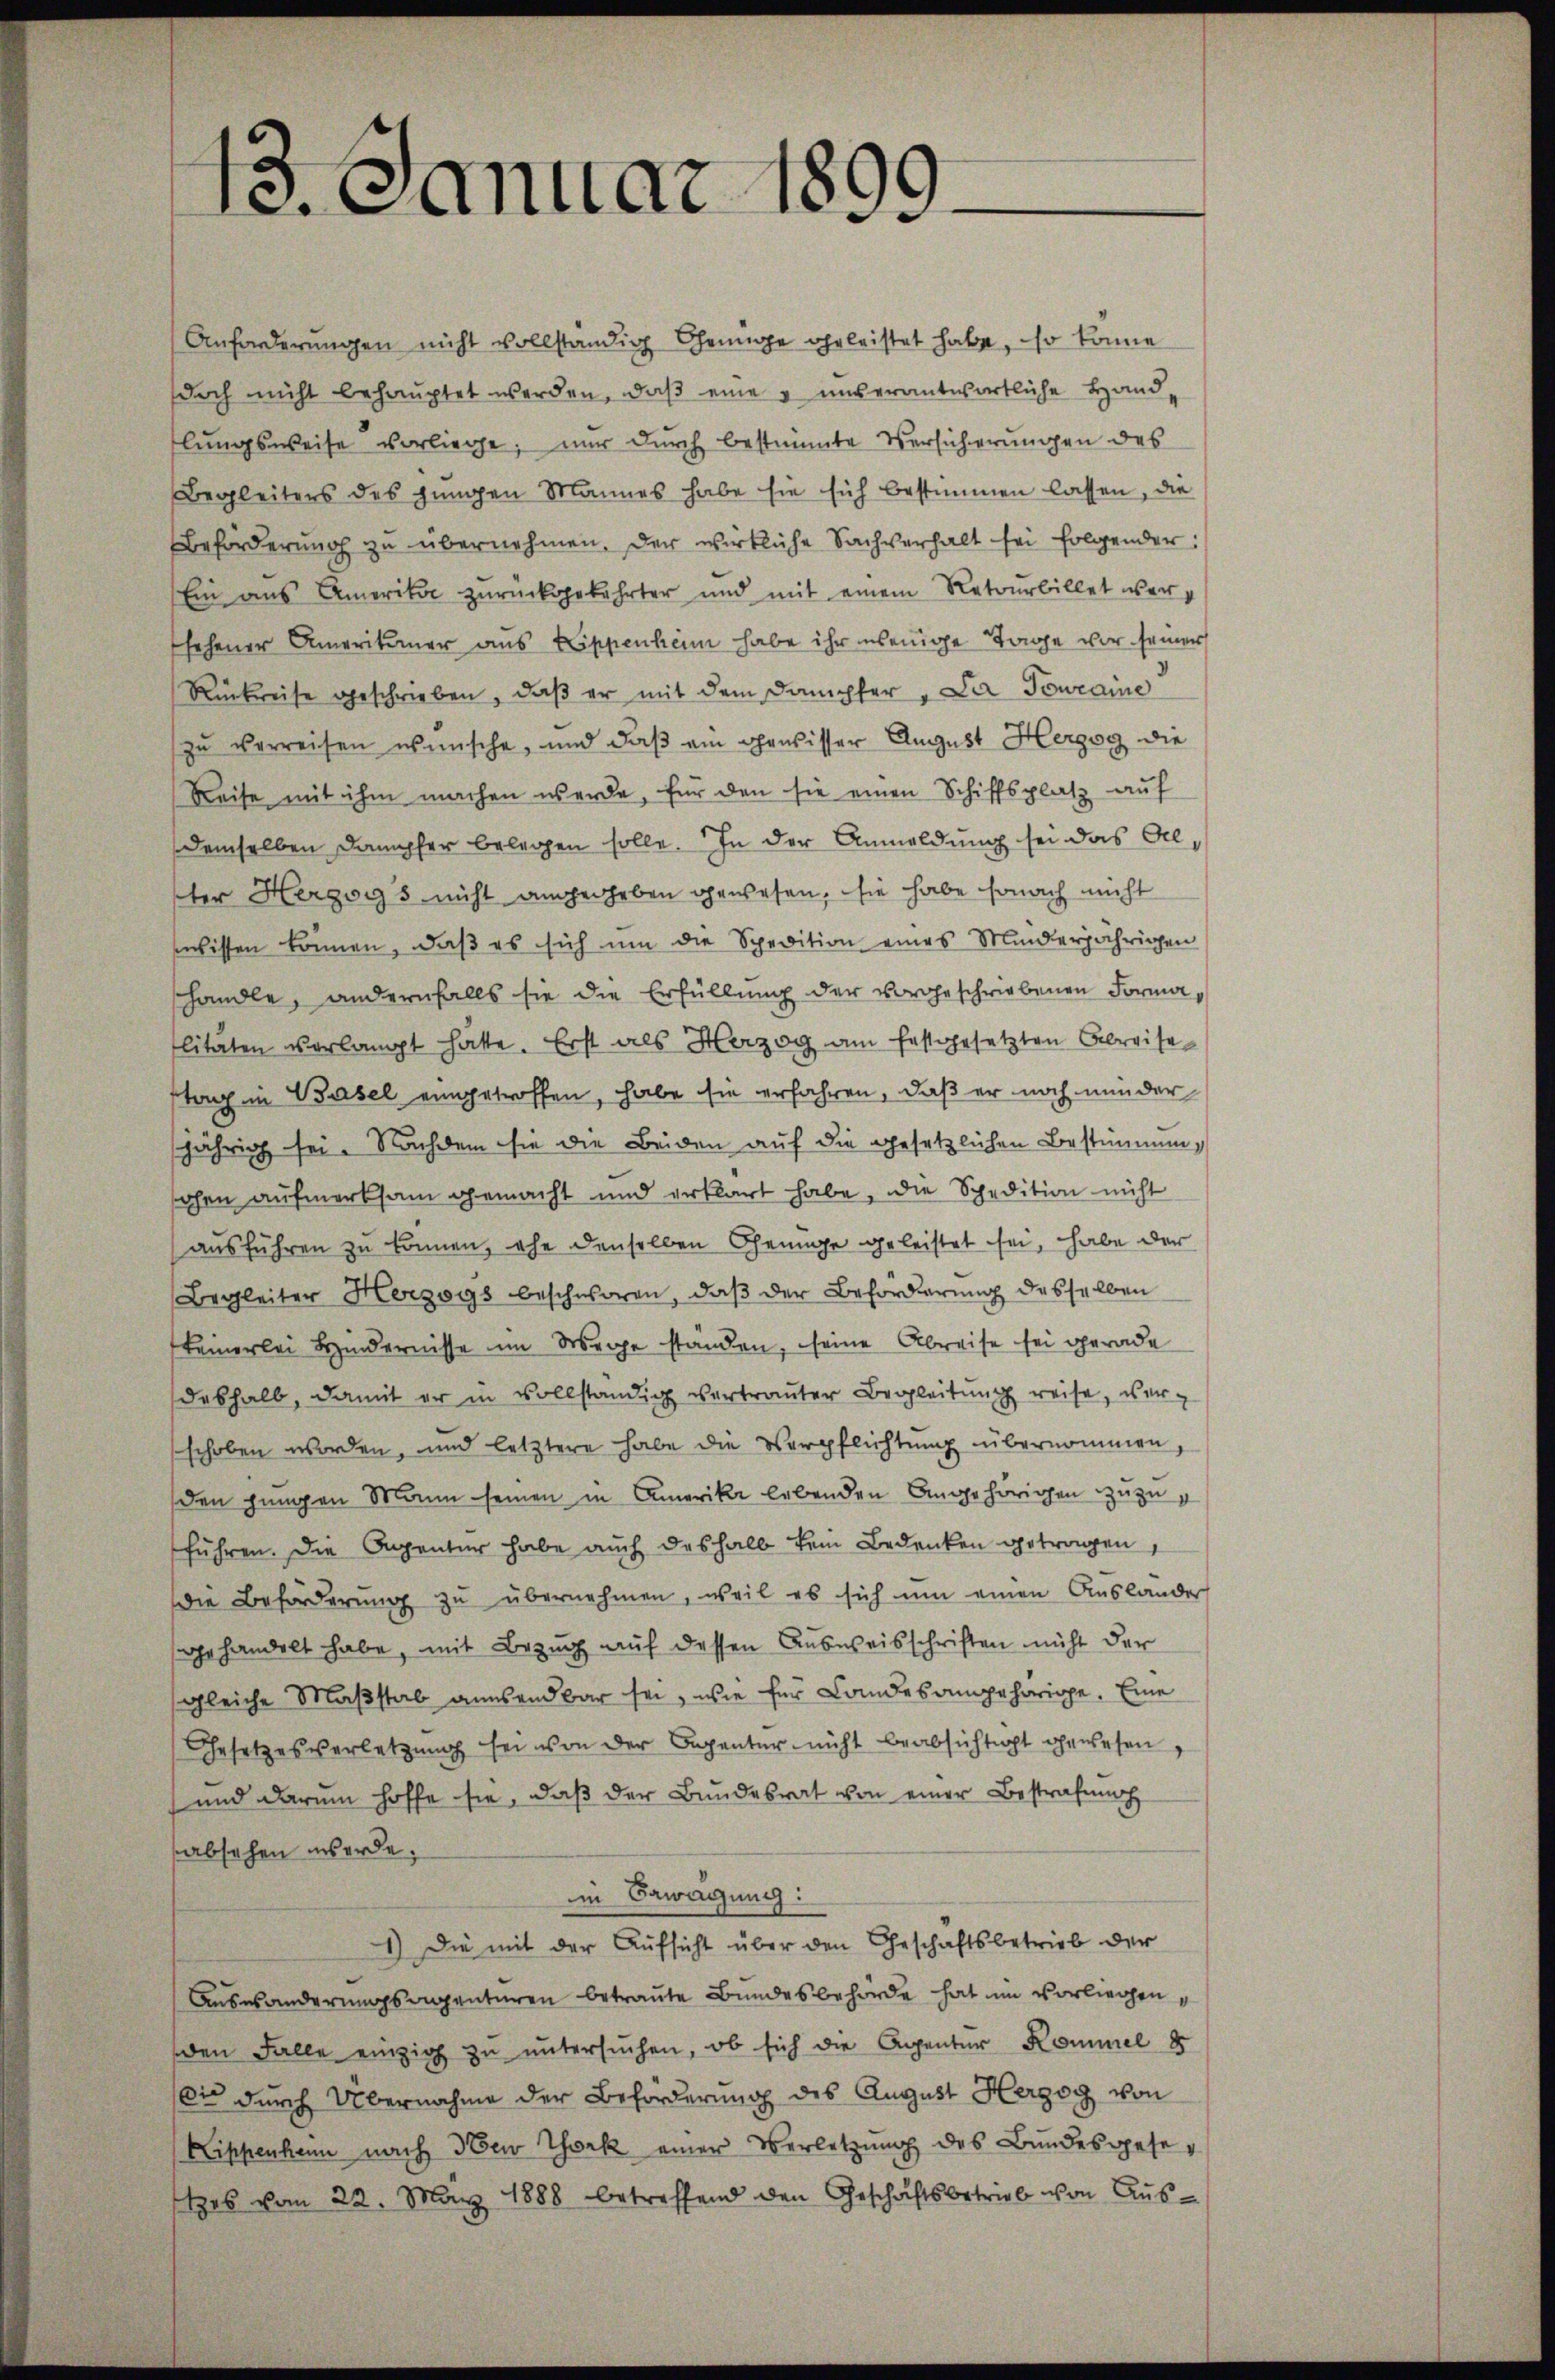
Anforderungen nicht vollständig Genüge geleistet habe, so könne
doch nicht behauptet werden, daβ eine u unserantwortliche Handlungsweise vorliege; nur durch bestimmte Versicherungen des
Begleiters des jungen Mannes habe sie sich bestimmen lassen, die
Beförderŭng zŭ übernehmen. Der wirkliche Sachverhalt sei folgender:
Ein aus Amerikar zurückgekehrter und mit einem Retourbillet wersehener Amerikaner aus Lippenham habe ihr wenige Tage vor seiner
Rückweise geschrieben, daß er mit dem Dachter "Da Towraine
zu verreisen wünsche, und daβ ein gewisser August Herzog die
Reise mit ihm machen werde, für den sie einen Schiffsplatz auf
demselben Dampfer belegen solle. In der Anmeldung sei das Alster Herzogs nicht angegeben gewesen, sie habe sonach nicht
wissen können, daβ es sich um die Spedition eines Minderjährigen
shandle, andernfalls sie die Erfüllung der vorgeschriebenen Formalitäten verlangt hätte. Erst als Herzog am festgesetzten Abreise
tag in Basel eingetroffen, habe sie erfahren, daß er noch minder
jährig sei. Nachdem sie die Beiden auf die gesetzlichen Bestimmung
schen aufmerksam gemacht und erklärt habe, die Spedition nicht
ausführen zu können, ehe denselben Genüge geleistet sei, habe der
Begleiter Herzogs beschworen, daß der Beförderung desselben
keinerlei Hindernisse im Wege ständen, seine Abreise sei gerade
deshalb, damit er in vollständig vertrauter Begleitung reise, verschoben worden, und letztere habe die Verpflichtŭng übernommen,
den jungen Mann seinen in Amerika lebenden Angehörigen zuzug
führen. Die Agentur habe auch deshalb kein Bedenken getragen,
Die Beförderung zu übernehmen, weil es sich um einen Auslander
gehandelt habe, mit Bezug auf dessen Ausweisschriften nicht der
gleiche Maßstab ansendbar sei, wie für Landesangehörige. Eine
Gesetzesverletzŭng sei von der Beganter nicht beabsichtigt gewesen,
und darum hoffe sie, daß der Bundesrat von einer Bestrafung
absehen werde.
im Bewegung:
1.) Die mit der Aufsicht über den Geschäftsbetrieb der
Auswanderungsagenturen betraute Bundesbehörde hat im vorliegenden Falle einzig zu untersŭchen, ob sich die Agentur Kommel 8
oi durch Übernahme der Beförderung des August Herzog von
Kippenhann nach Seew York einer Verletzung des Bundesgesees vom 22. März 1888 betreffend den Geschäftsbetrieb von Aŭs-

13. Januar 1899.